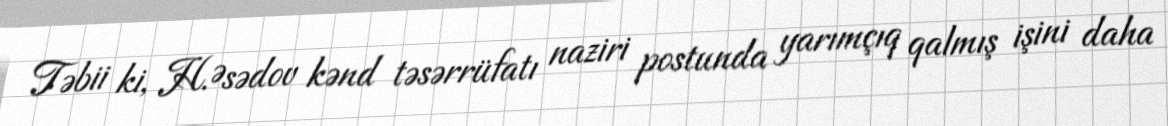
Təbii ki, H.Əsədov kənd təsərrüfatı naziri postunda yarımçıq qalmış işini daha